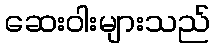
ဆေးဝါးများသည်